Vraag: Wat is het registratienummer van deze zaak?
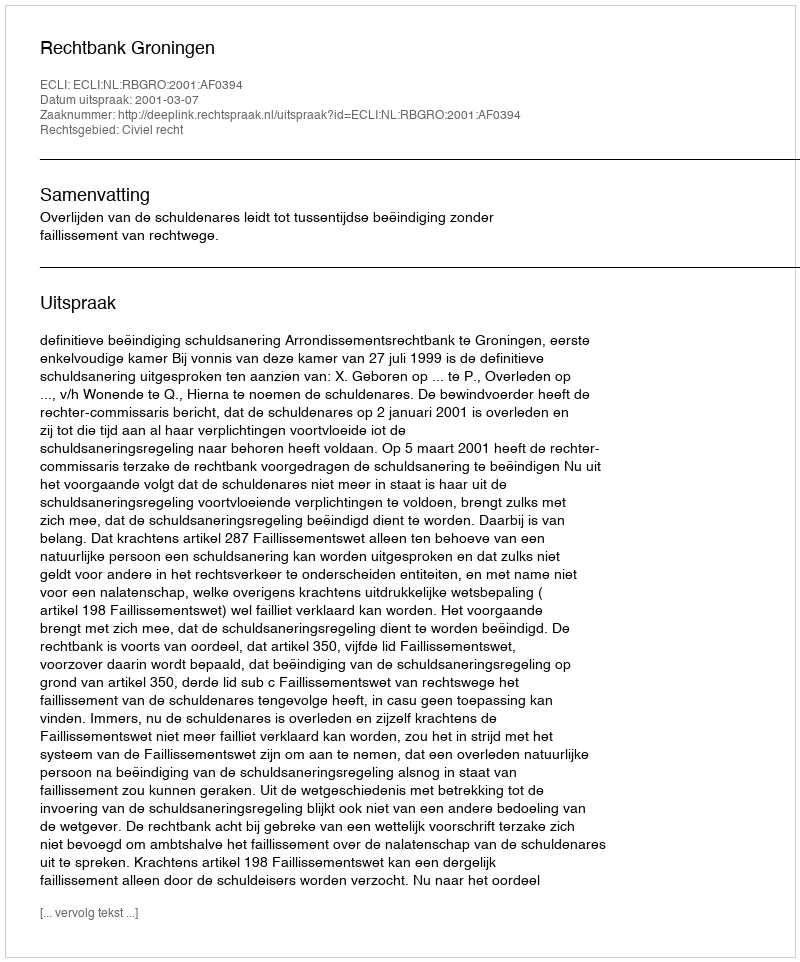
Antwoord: http://deeplink.rechtspraak.nl/uitspraak?id=ECLI:NL:RBGRO:2001:AF0394